Report on the lunatic asylums under the Government of Bombay - 1904-1913
Year: 1904
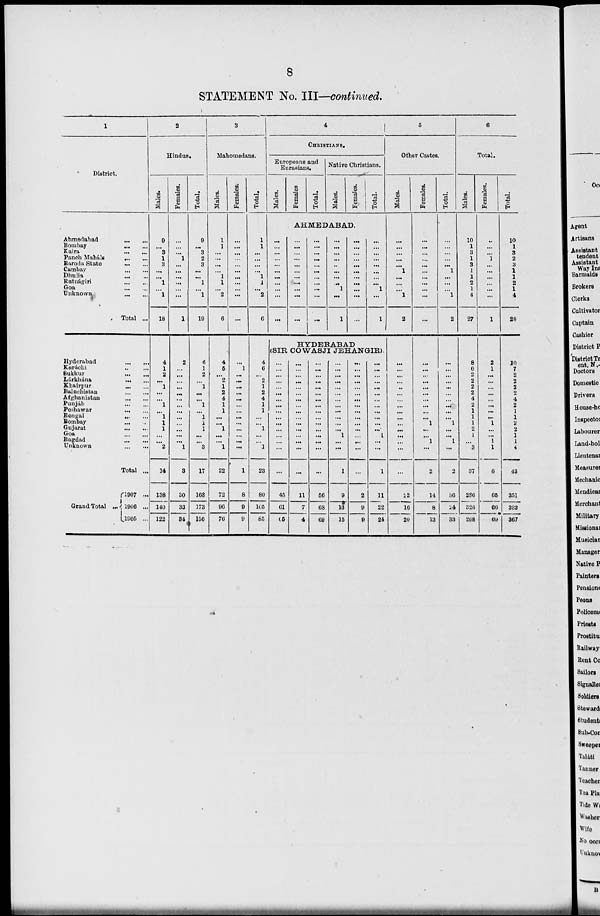
8
STATEMENT No. III—continued.
1
District.
Ahmedabad
...
...
Bombay
...
...
Kaira
...
...
Panch Maháls
...
...
Baroda State
...
...
Cambay
...
...
Dhulia ... ...
Ratnágiri
...
...
Goa
...
...
Unknown
...
...
Total ...
Hyderabad
...
...
Karachi ... ...
Sukkur
...
...
Lárkhána
...
...
Khairpur
...
...
Baluchistan
...
...
Afghanistan
...
...
Punjab
...
....
Peshawar
...
...
Bengal ... ...
Bombay ... ...
Gujarat
...
...
Goa
...
...
Bagdad
...
...
Unknown
...
...
Total ...
Grand Total
1907 ...
1906 ...
1905 ...
2
Hindus.
Males.
9
...
3
1
3
...
...
1
...
1
18
4
1
2
...
1
...
...
1
...
1
1
1
...
...
2
14
138
140
122
Females.
...
...
...
1
...
...
...
...
...
...
1
2
...
...
...
...
...
...
...
...
...
...
...
...
...
1
3
30
33
34
Total.
9
...
3
2
3
...
...
1
...
1
19
6
1
2
...
1
...
...
1
...
1
1
1
...
...
3
17
168
173
156
3
Mahomedans.
Males.
1
1
...
...
...
...
1
1
...
2
6
4
5
...
2
1
2
4
1
1
...
...
1
...
...
1
22
72
96
76
Females.
...
...
...
...
...
...
...
...
...
...
...
...
1
...
...
...
...
...
...
...
...
...
...
...
...
...
1
8
9
9
Total.
1
1
...
...
...
...
1
1
...
2
6
4
6
...
2
1
2
4
1
1
...
...
1
...
...
1
23
80
105
85
4
CHRISTIANS.
Europeans and
Eurasians.
Males.
Females
Total.
Native Christians.
Males.
Females.
Total.
AHMEDABAD.
...
...
...
...
...
...
...
...
...
...
...
...
...
...
...
...
...
...
...
...
...
...
...
...
...
...
...
...
...
...
...
...
...
...
...
...
...
...
...
...
...
1
...
1
...
...
...
...
...
...
...
...
...
...
...
...
...
...
...
...
...
...
...
1
...
1
HYDEEABAD
(SIR COWASJI JEHANGIR).
...
...
...
...
...
...
...
...
...
...
...
...
...
...
...
...
45
61
65
...
...
...
...
...
...
...
...
...
...
...
...
...
...
...
...
11
7
4
...
...
...
...
...
...
...
...
...
...
...
...
...
...
...
...
56
68
69
...
...
...
...
...
...
...
...
...
...
...
...
1
..
...
1
9
13
15
...
...
...
...
...
...
...
...
...
...
...
...
...
...
...
...
2
9
9
...
...
...
...
...
...
...
...
...
...
...
...
1
...
...
1
11
22
24
5
Other Castes.
Males.
...
...
...
...
...
1
...
...
...
1
2
...
...
...
...
...
...
...
...
...
...
...
...
...
...
...
...
22
16
20
Females.
...
...
...
...
...
...
...
...
...
...
...
...
...
...
...
...
...
...
...
...
...
1
...
...
1
...
2
14
8
13
Total.
...
...
...
...
...
1
...
...
...
1
2
...
...
...
...
...
...
...
...
...
...
1
...
...
1
...
2
36
24
33
6
Total.
Males.
10
1
3
1
3
1
1
2
1
4
27
8
6
2
2
2
2
4
2
1
1
1
2
1
...
3
37
286
326
298
Females.
...
...
...
1
...
...
...
...
...
...
1
2
1
...
...
...
...
...
...
...
...
1
...
...
1
1
6
65
66
69
Total.
10
1
3
2
3
1
1
2
1
4
28
10
7
2
2
2
2
4
2
1
1
2
2
1
1
4
43
351
392
367